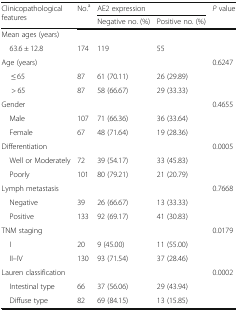
<table><thead><tr><td rowspan="2"><b>Clinicopathological features</b></td><td rowspan="2"><b>No.<sup>a</sup></b></td><td colspan="2"><b>AE2 expression</b></td><td rowspan="2"><b><i>P</i> value</b></td></tr><tr><td><b>Negative no. (%)</b></td><td><b>Positive no. (%)</b></td></tr></thead><tbody><tr><td colspan="5">Mean ages (years)</td></tr><tr><td> 63.6 ± 12.8</td><td>174</td><td>119</td><td>55</td><td></td></tr><tr><td>Age (years)</td><td></td><td></td><td></td><td>0.6247</td></tr><tr><td>≤ 65</td><td>87</td><td>61 (70.11)</td><td>26 (29.89)</td><td></td></tr><tr><td>&gt; 65</td><td>87</td><td>58 (66.67)</td><td>29 (33.33)</td><td></td></tr><tr><td>Gender</td><td></td><td></td><td></td><td>0.4655</td></tr><tr><td> Male</td><td>107</td><td>71 (66.36)</td><td>36 (33.64)</td><td></td></tr><tr><td> Female</td><td>67</td><td>48 (71.64)</td><td>19 (28.36)</td><td></td></tr><tr><td>Differentiation</td><td></td><td></td><td></td><td>0.0005</td></tr><tr><td> Well or Moderately</td><td>72</td><td>39 (54.17)</td><td>33 (45.83)</td><td></td></tr><tr><td> Poorly</td><td>101</td><td>80 (79.21)</td><td>21 (20.79)</td><td></td></tr><tr><td>Lymph metastasis</td><td></td><td></td><td></td><td>0.7668</td></tr><tr><td> Negative</td><td>39</td><td>26 (66.67)</td><td>13 (33.33)</td><td></td></tr><tr><td> Positive</td><td>133</td><td>92 (69.17)</td><td>41 (30.83)</td><td></td></tr><tr><td>TNM staging</td><td></td><td></td><td></td><td>0.0179</td></tr><tr><td> I</td><td>20</td><td>9 (45.00)</td><td>11 (55.00)</td><td></td></tr><tr><td> II–IV</td><td>130</td><td>93 (71.54)</td><td>37 (28.46)</td><td></td></tr><tr><td>Lauren classification</td><td></td><td></td><td></td><td>0.0002</td></tr><tr><td> Intestinal type</td><td>66</td><td>37 (56.06)</td><td>29 (43.94)</td><td></td></tr><tr><td> Diffuse type</td><td>82</td><td>69 (84.15)</td><td>13 (15.85)</td><td></td></tr></tbody></table>